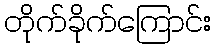
တိုက်ခိုက်ကြောင်း